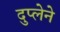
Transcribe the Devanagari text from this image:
दुप्लेने